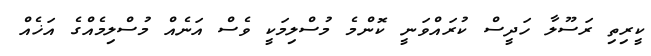
ކީރިތި ރަސޫލާ ހަދީސް ކުރައްވަނީ ކޮންމެ މުސްލިމަކީ ވެސް އަނެއް މުސްލިމެއްގެ އަޚެއް